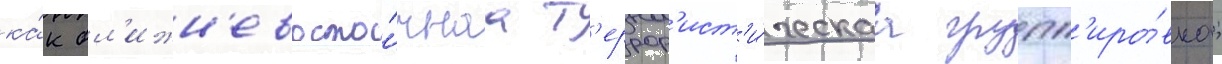
ка́к бл'ижн'евосто́чнаа т'еррор'ист'и́ческаа групп'иро́вка;